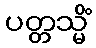
ပတ္တသ္မိံ